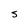
Character: s